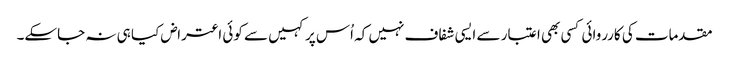
مقدمات کی کارروائی کسی بھی اعتبار سے ایسی شفاف نہیں کہ اُس پر کہیں سے کوئی اعتراض کیا ہی نہ جاسکے۔